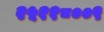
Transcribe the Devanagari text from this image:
२५११८००९